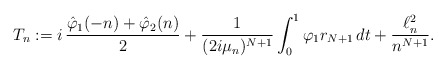
\begin{align*}T_n:= i\,\frac{\hat\varphi_1(-n)+\hat\varphi_2(n)}{2}+ \frac{1}{(2i\mu_n)^{N+1}}\int_0^1\varphi_1r_{N+1}\,dt + \frac{\ell^2_n}{n^{N+1}}.\end{align*}